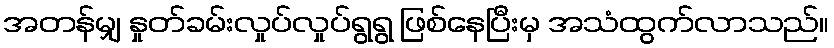
အတန်မျှ နှုတ်ခမ်းလှုပ်လှုပ်ရွရွ ဖြစ်နေပြီးမှ အသံထွက်လာသည်။